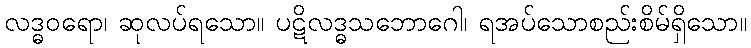
လဒ္ဓဝရော၊ ဆုလပ်ရသော။ ပဋိလဒ္ဓသဘောဂေါ၊ ရအပ်သောစည်းစိမ်ရှိသော။